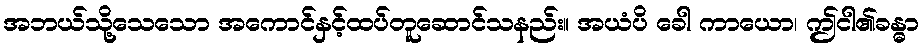
အဘယ်သို့သေသော အကောင်နှင့်ထပ်တူဆောင်သနည်း။ အယံပိ ခေါ ကာယော၊ ဤငါ၏ခန္ဓာ